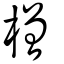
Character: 橧